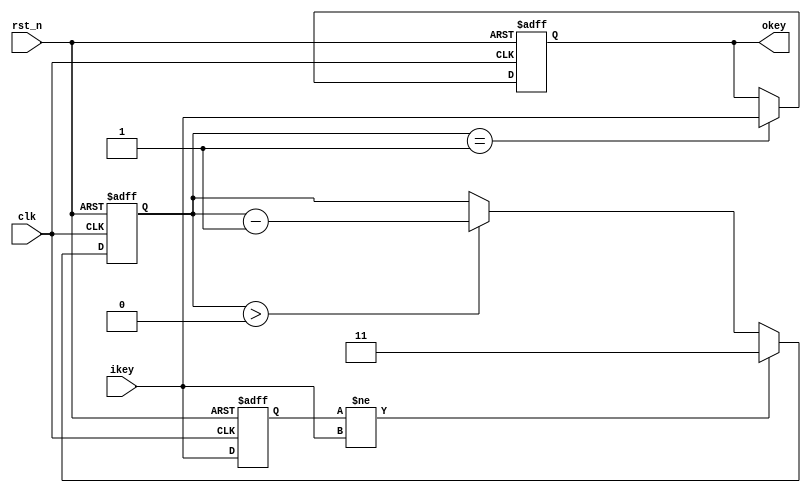
`timescale 1ns / 1ps
//////////////////////////////////////////////////////////////////////////////////
// Company: 
// Engineer: 
// 
// Design Name: 
// Module Name: debounce
// Project Name: 
// Target Devices: 
// Tool Versions: 
// Description: 
// 
// Dependencies: 
// 
// Revision:
// Revision 0.01 - File Created
// Additional Comments:
// 
//////////////////////////////////////////////////////////////////////////////////


module debounce #(
    parameter  CLK_FREQ = 65_000_000,           // 
    parameter  DELAY_TIME = 20_000_000,         //ns
    parameter  DEFAULT_VALUE = 1                // 
    )
(
    input           clk,
    input           rst_n,
    input           ikey,
    output reg      okey
    );

localparam CNT = CLK_FREQ/DELAY_TIME;       // 

reg [$clog2(CNT)-1:0]           count;         // 
reg                             r_key0;

// r_key0
always @(posedge clk or negedge rst_n) begin
    if (~rst_n) begin
        r_key0 <= DEFAULT_VALUE;
    end else begin
        r_key0 <=ikey;
    end
end

always @(posedge clk or negedge rst_n) begin
    if (~rst_n) begin
        count <= CNT;
    end else begin
        if (r_key0 != ikey) begin
            // count
            count <= CNT;
        end else begin
            if (count>0)
                // 
                count <= count-1'b1;
        end
    end
end

always @(posedge clk or negedge rst_n) begin
    if (~rst_n) begin
        okey <= DEFAULT_VALUE;
    end else begin
        if (count==1'b1) begin
            // CNT
            // 0cnt0
            okey <= ikey;
        end else begin
            okey <= okey;
        end
    end
end

endmodule